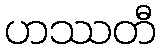
ဟဿတီ